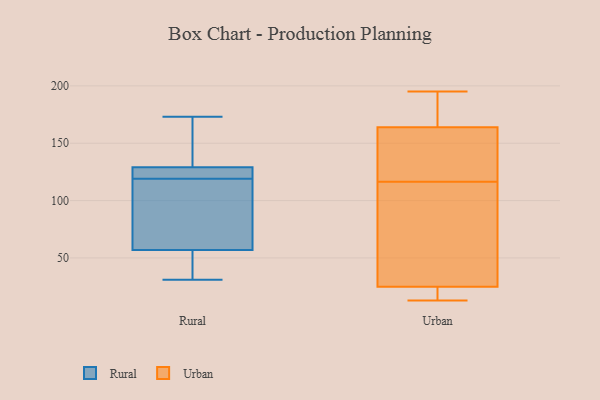
{"axis": {"x": "Market Share (%)", "y": "Value"}, "legend": ["Rural", "Urban"], "data": [{"x": "", "y": 129, "type": "Rural"}, {"x": "", "y": 57, "type": "Rural"}, {"x": "", "y": 54, "type": "Rural"}, {"x": "", "y": 117, "type": "Rural"}, {"x": "", "y": 31, "type": "Rural"}, {"x": "", "y": 166, "type": "Rural"}, {"x": "", "y": 170, "type": "Rural"}, {"x": "", "y": 35, "type": "Rural"}, {"x": "", "y": 129, "type": "Rural"}, {"x": "", "y": 107, "type": "Rural"}, {"x": "", "y": 121, "type": "Rural"}, {"x": "", "y": 60, "type": "Rural"}, {"x": "", "y": 173, "type": "Rural"}, {"x": "", "y": 122, "type": "Rural"}, {"x": "", "y": 195, "type": "Urban"}, {"x": "", "y": 164, "type": "Urban"}, {"x": "", "y": 169, "type": "Urban"}, {"x": "", "y": 13, "type": "Urban"}, {"x": "", "y": 25, "type": "Urban"}, {"x": "", "y": 123, "type": "Urban"}, {"x": "", "y": 50, "type": "Urban"}, {"x": "", "y": 21, "type": "Urban"}, {"x": "", "y": 175, "type": "Urban"}, {"x": "", "y": 143, "type": "Urban"}, {"x": "", "y": 154, "type": "Urban"}, {"x": "", "y": 110, "type": "Urban"}, {"x": "", "y": 21, "type": "Urban"}, {"x": "", "y": 102, "type": "Urban"}]}